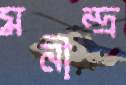
মনীন্দ্র